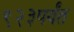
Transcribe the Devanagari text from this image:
९२३पर्यंत